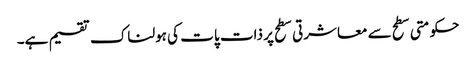
حکومتی سطح سے معاشرتی سطح پر ذات پات کی ہولناک تقسیم ہے۔